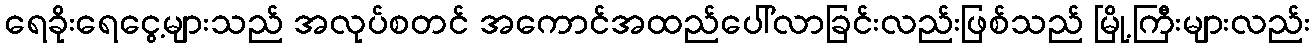
ရေခိုးရေငွေ့များသည် အလုပ်စတင် အကောင်အထည်ပေါ်လာခြင်းလည်းဖြစ်သည် မြို့ကြီးများလည်း